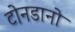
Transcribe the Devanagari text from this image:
टोनडानो